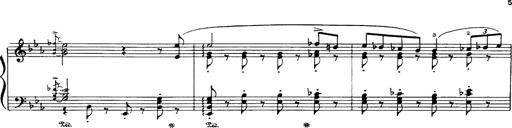
Title: Danza sacra e duetto finale dâ€™Aida
Composer: Franz Liszt